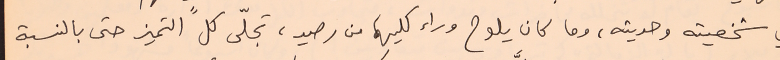
في شخصيته وحديثه، وما كان يلوح وراء كليهما من رصيد، تجلّى كل التميز حتى بالنسبة